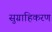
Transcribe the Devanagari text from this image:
सुग्राहिकरण